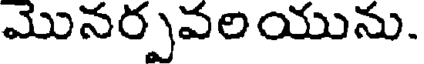
మొనర్పవలయును.